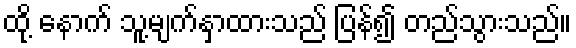
ထို့ နောက် သူ့မျက်နှာထားသည် ပြန်၍ တည်သွားသည်။